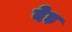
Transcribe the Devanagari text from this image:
देड़